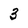
Character: 3